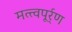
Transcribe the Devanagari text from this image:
मत्त्वपूर्र्ण